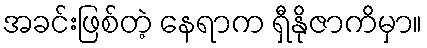
အခင်းဖြစ်တဲ့ နေရာက ရှီနိုဇာကိမှာ။